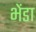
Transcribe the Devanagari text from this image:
भेंडा